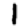
Digit: 1